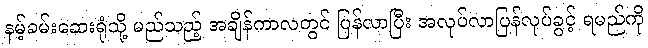
နမ့်ခမ်းဆေးရုံသို့ မည်သည့် အချိန်ကာလတွင် ပြန်လာပြီး အလုပ်လာပြန်လုပ်ခွင့် ရမည်ကို